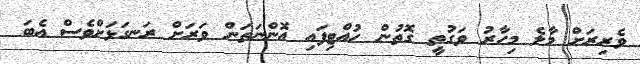
ވެރިރަށް މާލެ މިހާރު ވަގުތީ ގޮތުން ހުއްޓިފައި އޮންނަތަން ވަރަށް ރަނގަޅަށްވެސް އެބަ